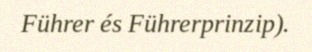
Führer és Führerprinzip).